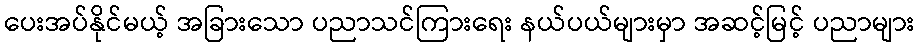
ပေးအပ်နိုင်မယ့် အခြားသော ပညာသင်ကြားရေး နယ်ပယ်များမှာ အဆင့်မြင့် ပညာများ